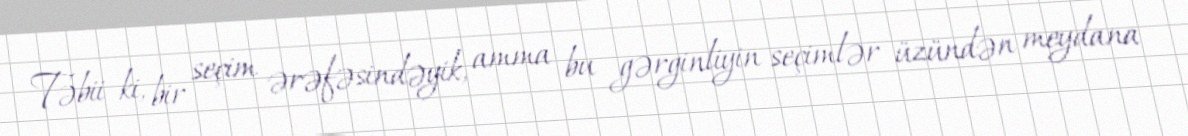
Təbii ki, bir seçim ərəfəsindəyik, amma bu gərginliyin seçimlər üzündən meydana